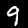
Label: 9